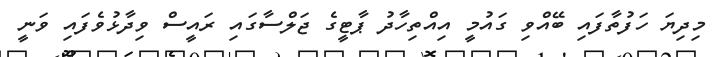
މިދިޔަ ހަފުތާފައި ބޭއްވި ގައުމީ އިއްތިހާދު ޕާޓީގެ ޖަލްސާގައި ރައީސް ވިދާޅުވެފައި ވަނީ